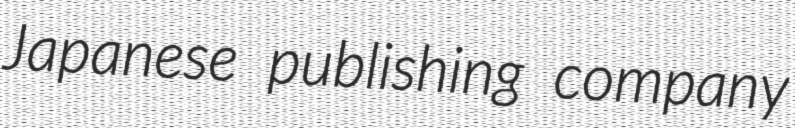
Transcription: Japanese publishing company